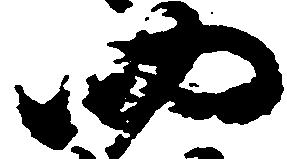
四